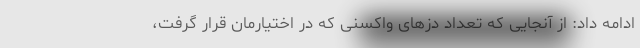
ادامه داد: از آنجایی که تعداد دُزهای واکسنی که در اختیارمان قرار گرفت،